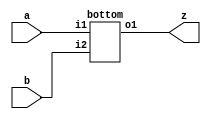

module delimeter_dot ( a,b,z );
	input  a,b;
	output z;
	bottom inst1(a, b,z);
endmodule

module bottom( i1, i2, o1 );
	input i1, i2;
	output o1;
	assign o1 = i1 & i2;
endmodule